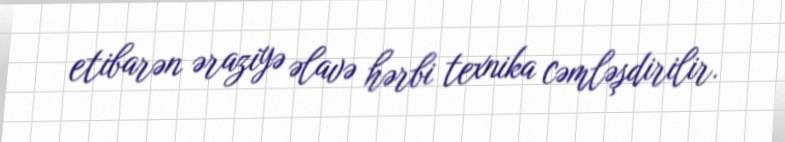
etibarən əraziyə əlavə hərbi texnika cəmləşdirilir.